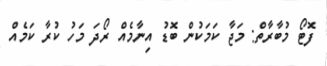
ފޮޓޯ މުބާރާތް: މަޖާ ކަމަކުން ބޮޑު އިނާމެއް ރޯދަ މަހު ކުރާ ކަމެއް